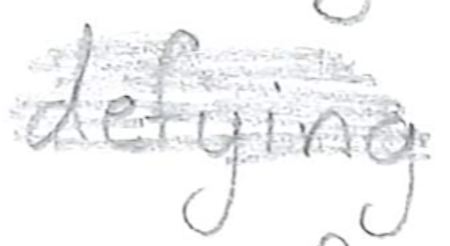
Text: defying
Cross-out: scratch
Writing tool: pencil